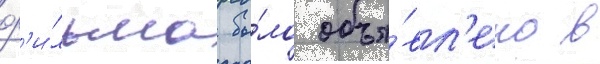
ф'и́льма бы́ло объя́вл'ено в